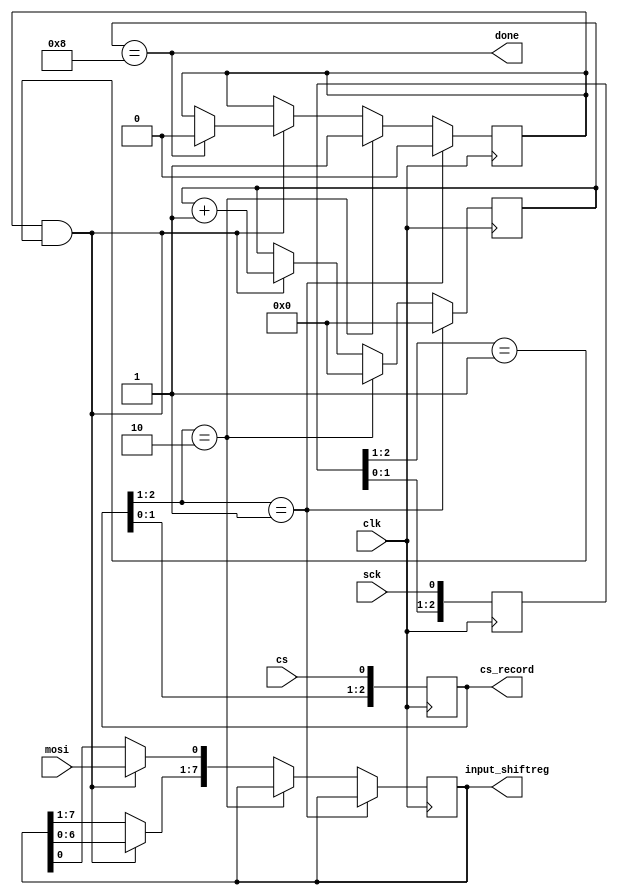
module SPI_Module(clk, sck, mosi, cs, input_shiftreg, done, cs_record);

input clk;	//System Clock

input sck;	//SPI Slave Clock
input mosi;	//Data Input
input cs;	//Chip Select

output reg [7:0] input_shiftreg;	//Data shift register

output reg [2:0] cs_record;	//Records 3 previous states of CS

output wire done;	//Transaction done


reg [2:0] sck_record;
always @(posedge clk)
	sck_record <= {sck_record[1:0], sck};
	


always @(posedge clk)
	cs_record <= {cs_record[1:0], cs};

reg current_state;
reg [3:0] bitcounter;

always @(posedge clk) begin
	if(cs_record[2:1] == 2'b01) begin //Rising Edge (end)
		current_state <= 0;
		bitcounter <= 0;
	end else if (cs_record[2:1] == 2'b10) begin //Falling Edge (Start)
		bitcounter <= 0; // Reset Bit Counter
		current_state <= 1;
	end else if (current_state == 1'b1 && sck_record[2:1] == 2'b01) begin
		input_shiftreg = input_shiftreg << 1;
		input_shiftreg[0] = mosi;
		bitcounter <= bitcounter + 1;
		if (bitcounter == 8)
			current_state <= 0;
	end else begin
		input_shiftreg <= input_shiftreg;
	end
end

assign done = (bitcounter == 8);

endmodule